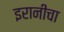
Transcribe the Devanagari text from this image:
इरानीचा